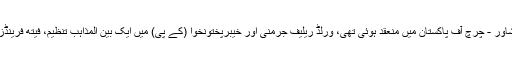
تقریب، جو کہ ایک روز قبل ڈائیوسیز آف پشاور - چرچ آف پاکستان میں منعقد ہوئی تھی، ورلڈ ریلیف جرمنی اور خیبرپختونخوا (کے پی) میں ایک بین المذاہب تنظیم، فیتھ فرینڈز فار پیس کے پی، کی سرپرستی میں ہوئی۔